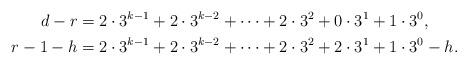
LaTeX: \begin{align*}d-r&=2\cdot 3^{k-1}+2\cdot 3^{k-2}+\cdots+2\cdot 3^2+0\cdot 3^1+1\cdot 3^0,\\r-1-h&=2\cdot 3^{k-1}+2\cdot 3^{k-2}+\cdots+2\cdot 3^2+2\cdot 3^1+1\cdot 3^0-h.\end{align*}